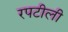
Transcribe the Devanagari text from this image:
रपटीली